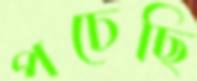
পচেছি